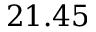
2 1 . 4 5